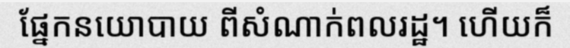
ផ្នែកនយោបាយ ពីសំណាក់ពលរដ្ឋ។ ហើយក៏